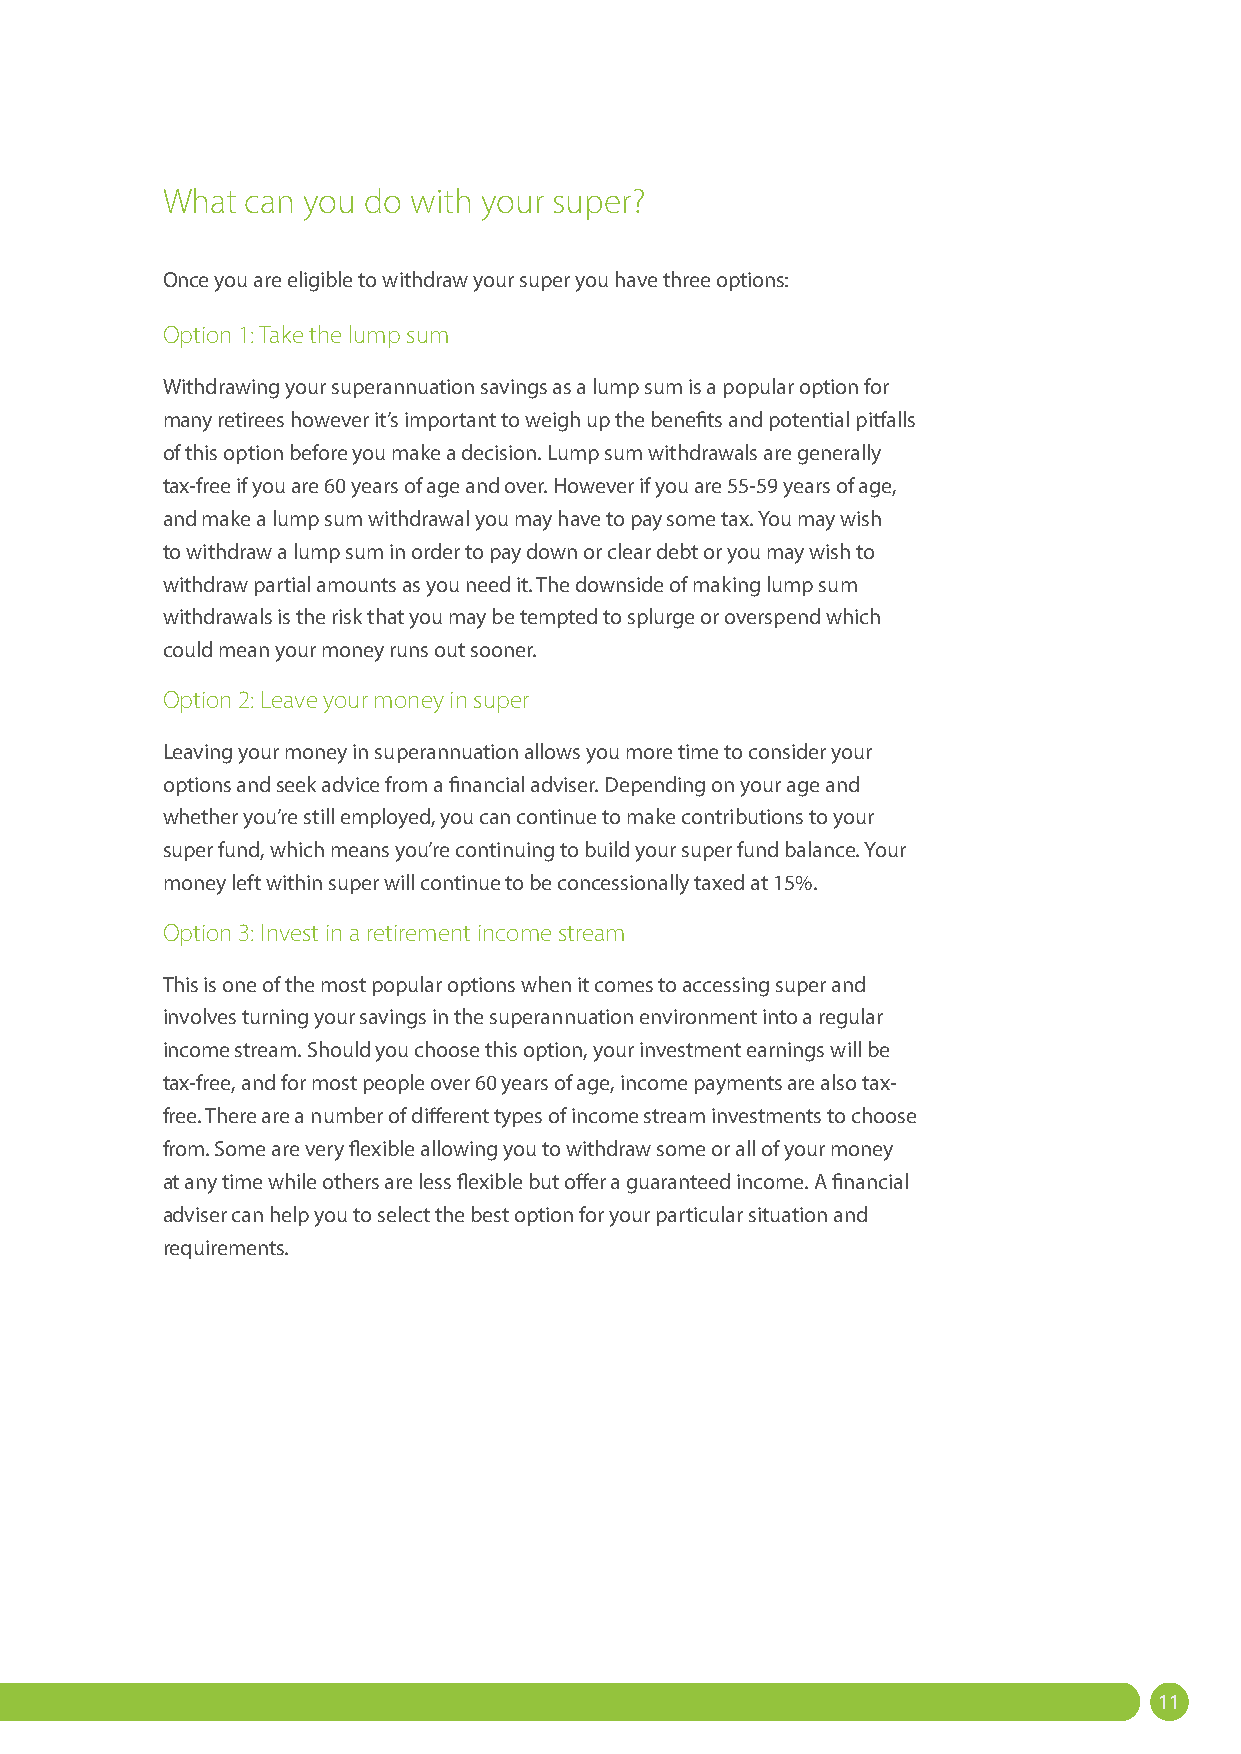
What can you do with your super?
 Once you are eligible to withdraw your super you have three options:
 Option 1: Take the lump sum
 Withdrawing your superannuation savings as a lump sum is a popular option for
 many retirees however it’s important to weigh up the benefits and potential pitfalls
 of this option before you make a decision. Lump sum withdrawals are generally
 tax-free if you are 60 years of age and over. However if you are 55-59 years of age,
 and make a lump sum withdrawal you may have to pay some tax. You may wish
 to withdraw a lump sum in order to pay down or clear debt or you may wish to
 withdraw partial amounts as you need it. The downside of making lump sum
 withdrawals is the risk that you may be tempted to splurge or overspend which
 could mean your money runs out sooner.
 Option 2: Leave your money in super
 Leaving your money in superannuation allows you more time to consider your
 options and seek advice from a financial adviser. Depending on your age and
 whether you’re still employed, you can continue to make contributions to your
 super fund, which means you’re continuing to build your super fund balance. Your
 money left within super will continue to be concessionally taxed at 15%.
 Option 3: Invest in a retirement income stream
 This is one of the most popular options when it comes to accessing super and
 involves turning your savings in the superannuation environment into a regular
 income stream. Should you choose this option, your investment earnings will be
 tax-free, and for most people over 60 years of age, income payments are also tax-
 free. There are a number of different types of income stream investments to choose
 from. Some are very flexible allowing you to withdraw some or all of your money
 at any time while others are less flexible but offer a guaranteed income. A financial
 adviser can help you to select the best option for your particular situation and
 requirements.
 11